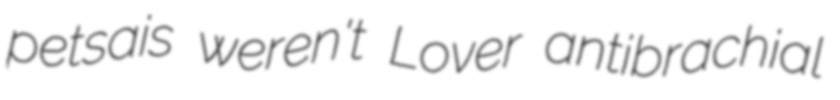
petsais weren't Lover antibrachial